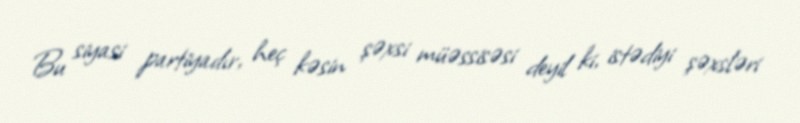
Bu siyasi partiyadır, heç kəsin şəxsi müəssisəsi deyil ki, istədiyi şəxsləri